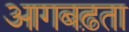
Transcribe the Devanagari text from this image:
आगबढ़ता